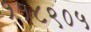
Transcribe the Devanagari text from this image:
११८९०५